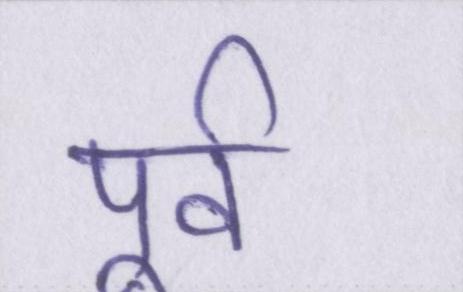
पूर्व